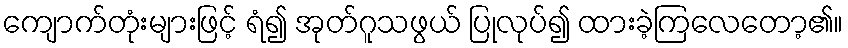
ကျောက်တုံးများဖြင့် ရံ၍ အုတ်ဂူသဖွယ် ပြုလုပ်၍ ထားခဲ့ကြလေတော့၏။